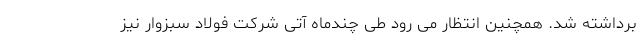
برداشته شد. همچنین انتظار می رود طی چندماه آتی شرکت فولاد سبزوار نیز